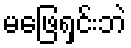
မဖြေရှင်းဘဲ